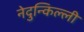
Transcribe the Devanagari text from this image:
नेदुन्किल्ली